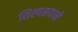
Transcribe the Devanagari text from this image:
शिल्परूपाने